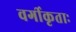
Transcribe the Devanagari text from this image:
वर्गीकृताः